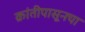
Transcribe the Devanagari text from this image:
क्रांतीपासूनचा